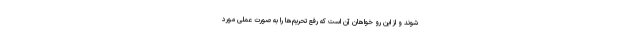
شوند و از این رو خواهان آن است که رفع تحریم‌ها را به صورت عملی مورد